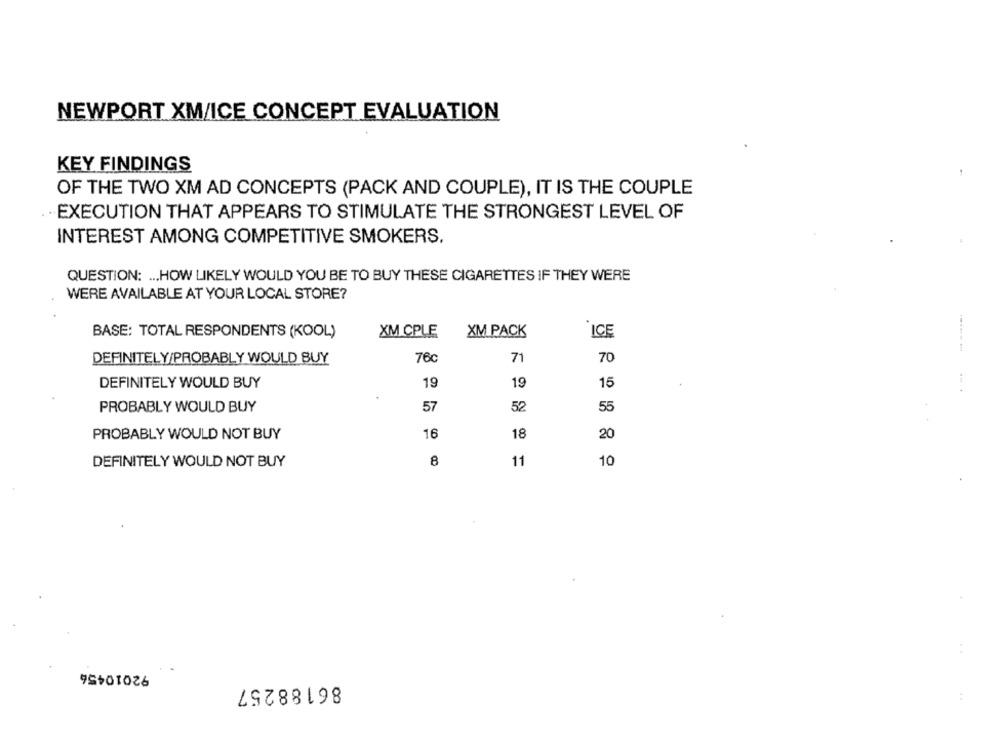
NEWPORT XM/ICE CONCEPT EVALUATION
KEY FINDINGS
OF THE TWO XM AD CONCEPTS (PACK AND COUPLE), IT IS THE COUPLE
EXECUTION THAT APPEARS TO STIMULATE THE STRONGEST LEVEL OF
INTEREST AMONG COMPETITIVE SMOKERS.
QUESTION: ... HOW LIKELY WOULD YOU BE TO BUY THESE CIGARETTES IF THEY WERE
WERE AVAILABLE AT YOUR LOCAL STORE?
BASE: TOTAL RESPONDENTS (KOOL)
XM CPLE
XM PACK
ICE
DEFINITELY/PROBABLY WOULD BUY
76c
71
70
DEFINITELY WOULD BUY
19
19
15
PROBABLY WOULD BUY
57
52
55
PROBABLY WOULD NOT BUY
16
18
20
8
DEFINITELY WOULD NOT BUY
11
10
92010456
86188257